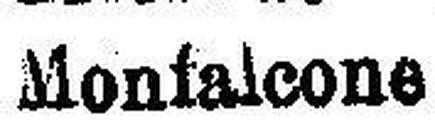
Monfalcone